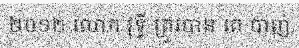
២០១២ លោក វុទ្ធី ត្រូវបាន គេ បាញ់